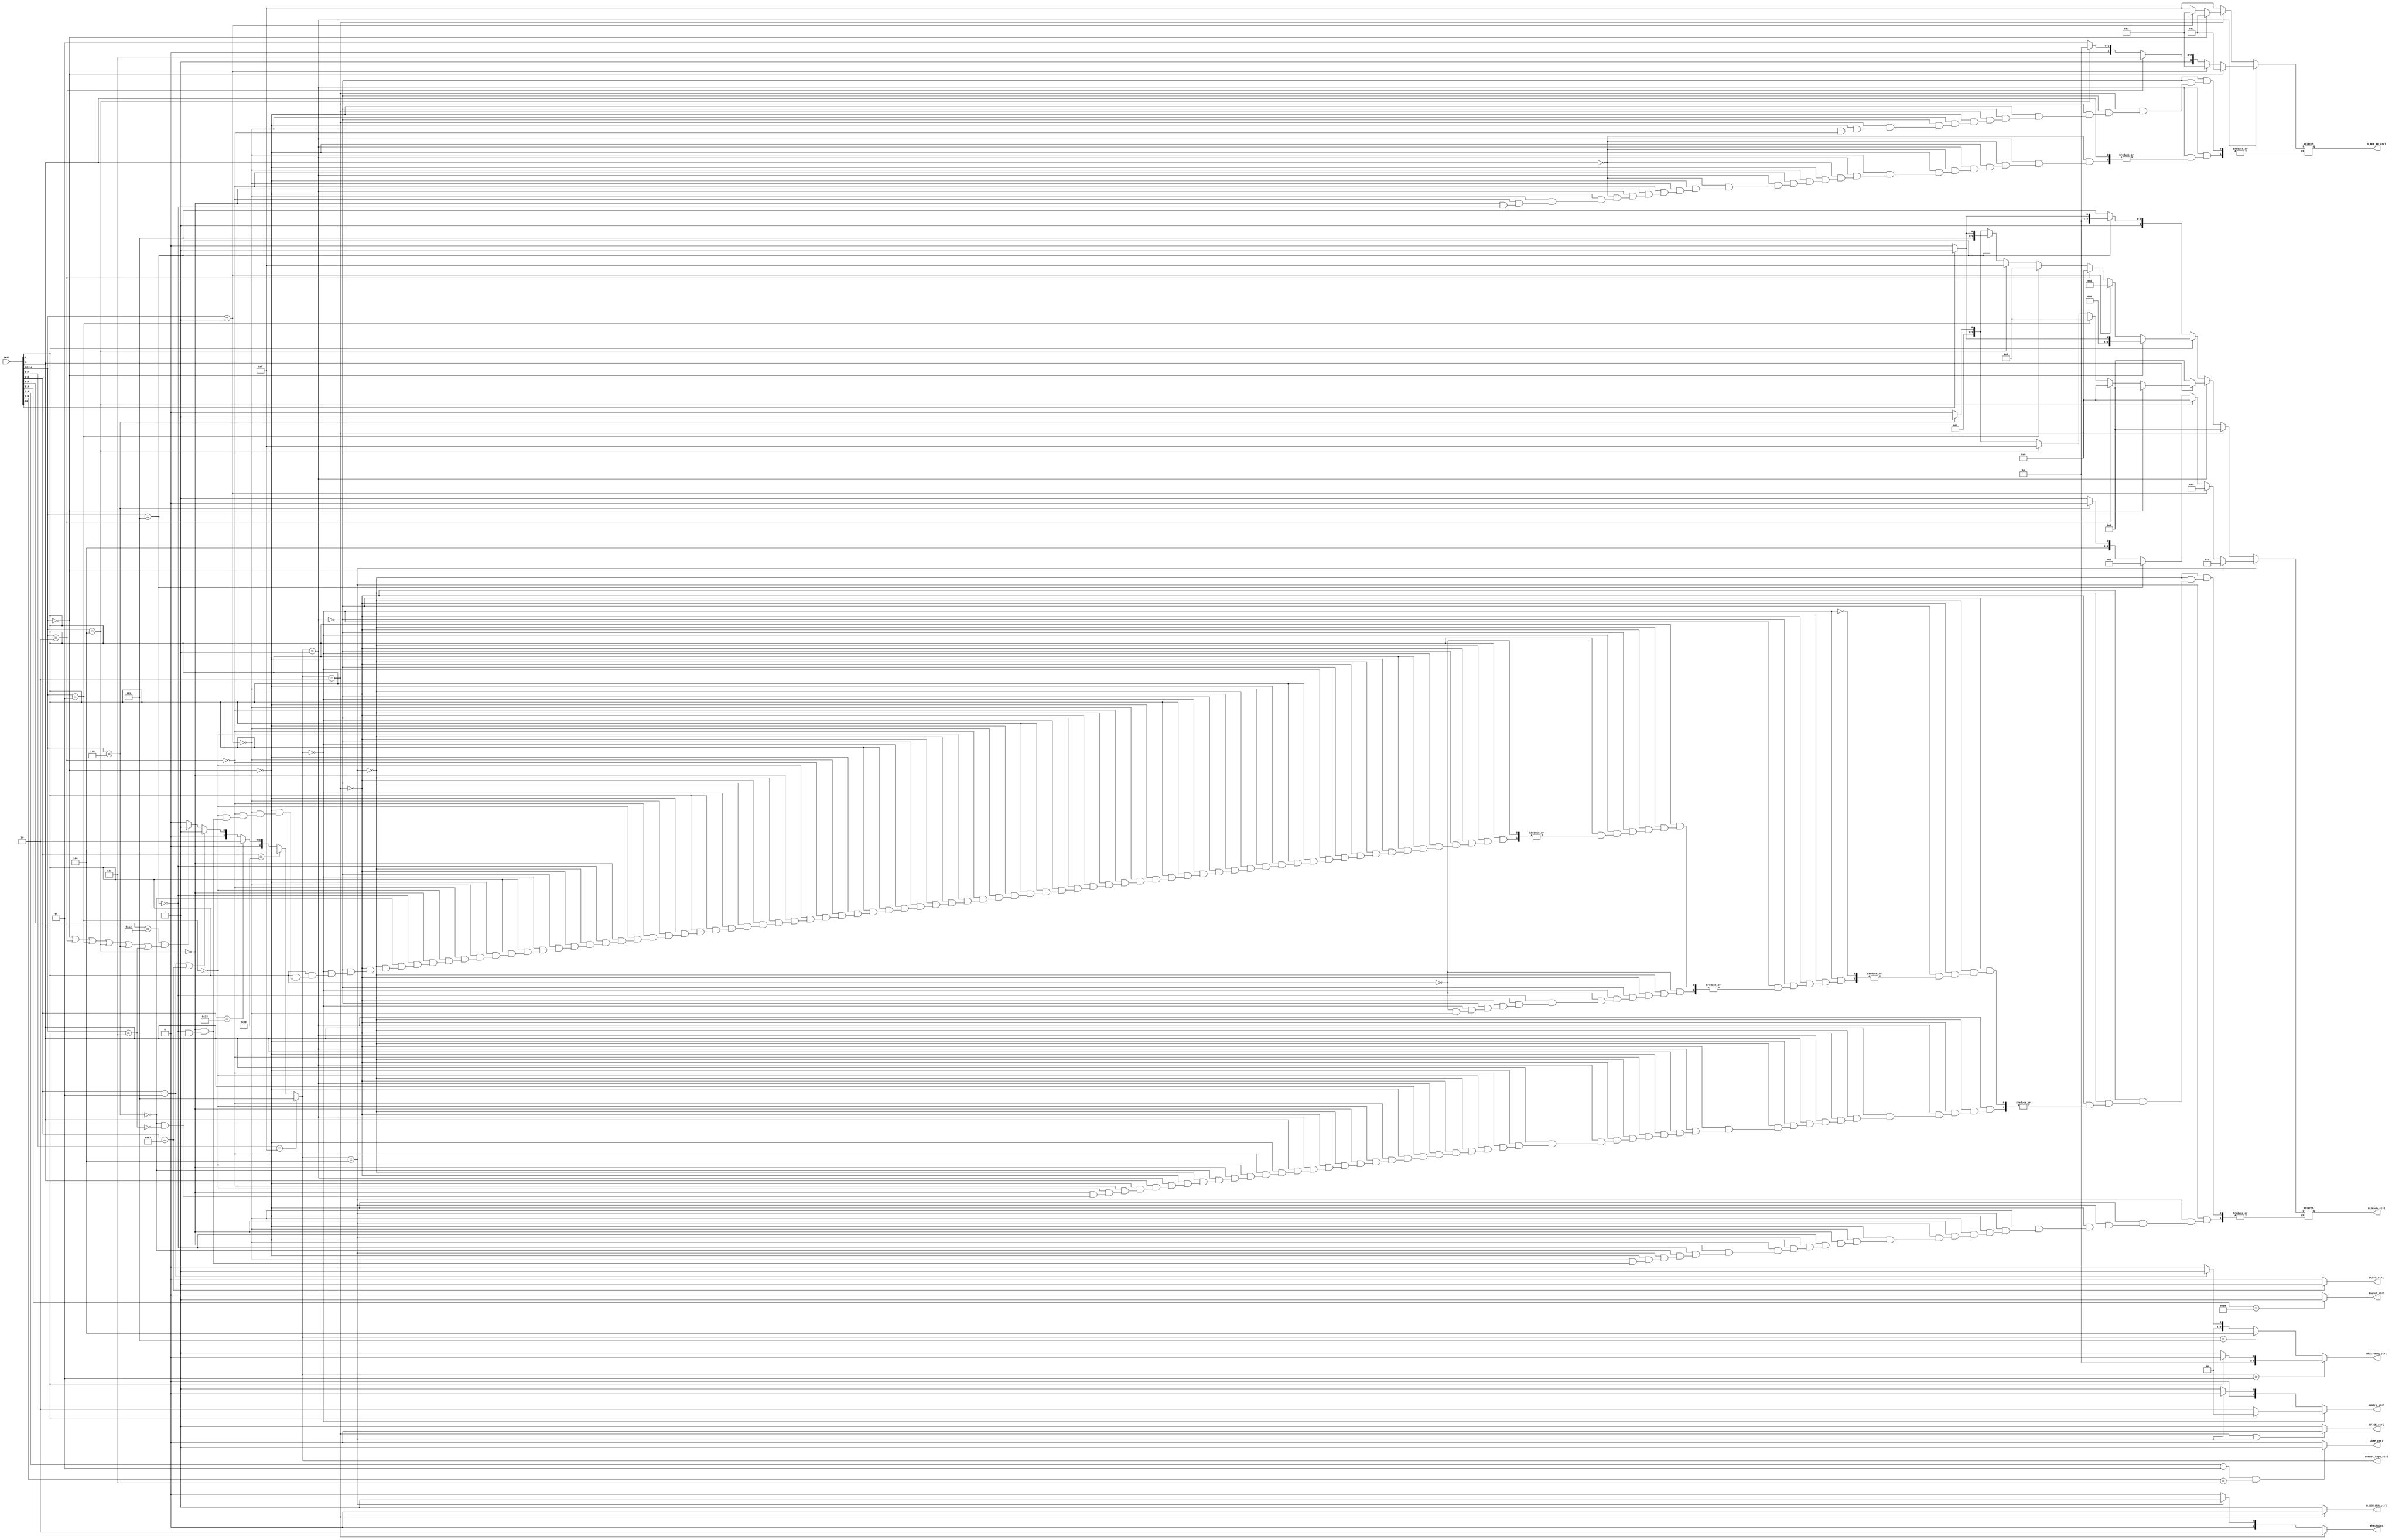
module CTRL(
    input wire [31:0] INST,

    output reg PCSrc_ctrl, // LSB. 00: normal(+4), 01: JUMP, 10: Branch
    output reg [2:0] WhatToReg_ctrl, // 0: ALU result, 1: Memory out, 2: LUI, 3: AUIPC, 4: JAL&JALR
    output reg [3:0] D_MEM_BE_ctrl,
    output reg D_MEM_WEN_ctrl,
    output reg [1:0] ALUSrc_ctrl, // 0: RF_RD2, 1:immediate, 2:shamt
    output reg RF_WE_ctrl,
    output reg [3:0] ALUCode_ctrl,
    output reg [2:0] format_type_ctrl, // 0:R, 1:I, 2:S, 3:U, 4:B, 5:J    output 
    output reg Branch_ctrl,
    output reg JUMP_ctrl,
    output reg [1:0] WhatToOut
    );

    always @(*) begin
        //format type check (refer to riscv-spec pdf p.104)
        if (INST[4:0] == 5'b10111) format_type_ctrl = 'd3; // U type
        if (INST[4:0] == 5'b01111) format_type_ctrl = 'd5; // J type
        else if (INST[6:0] == 7'b1100011) format_type_ctrl = 'd4; // B type
        else if (INST[6:0] == 7'b0100011) format_type_ctrl = 'd2; // S type
        else if ((INST[6:0] == 7'b0000011) || (INST[6:0] == 7'b1100111)) format_type_ctrl = 1; // I type
        else if ((INST[5:0] == 6'b010011) && ((INST[14:12]==3'b000) || (INST[14:12]==3'b010) || 
                                                        (INST[14:12]==3'b011) || (INST[14:12]==3'b100) || 
                                                        (INST[14:12]==3'b110) || (INST[14:12]==3'b111)))
            begin format_type_ctrl = 1; end //also I type
        else format_type_ctrl = 0; // R type
        
        //PCSrc
        if (INST[6:0] == 7'b1100111) PCSrc_ctrl = 1;
        else PCSrc_ctrl = 0;

        //WhatToReg
        if (format_type_ctrl == 'd3) begin
            if (INST[5]==1) WhatToReg_ctrl = 'd2;
            else WhatToReg_ctrl = 'd3;
        end
        else if (format_type_ctrl == 'd5) WhatToReg_ctrl = 'd4;
        else if (INST[6:0] == 7'b0000011) WhatToReg_ctrl = 1;
        else WhatToReg_ctrl = 0;

        //D_MEM_BE
        if (format_type_ctrl == 1) begin
            if (INST[4] == 0) begin
                if (INST[14:12] == 3'b000) D_MEM_BE_ctrl = 4'b0001;
                else if (INST[14:12] == 3'b001) D_MEM_BE_ctrl = 4'b0011;
                else if (INST[14:12] == 3'b010) D_MEM_BE_ctrl = 4'b1111;
                else if (INST[14:12] == 3'b100) D_MEM_BE_ctrl = 4'b1001;
                else if (INST[14:12] == 3'b101) D_MEM_BE_ctrl = 4'b1011;
            end
        end
        else if (format_type_ctrl == 'd2) begin
            if (INST[14:12] == 3'b000) D_MEM_BE_ctrl = 4'b0001;
            else if (INST[14:12] == 3'b001) D_MEM_BE_ctrl = 4'b0011;
            else if (INST[14:12] == 3'b010) D_MEM_BE_ctrl = 4'b1111;
        end
        else D_MEM_BE_ctrl = 4'b1111;

        //D_MEM_WEN
        if (format_type_ctrl == 'd2) D_MEM_WEN_ctrl = 0;
        else D_MEM_WEN_ctrl = 1;

        //ALUSrc
        if (format_type_ctrl == 0) begin
            if (INST[5] == 0) ALUSrc_ctrl = 'd2;
            else ALUSrc_ctrl = 0;
        end
        else if (format_type_ctrl == 'd4) ALUSrc_ctrl = 0;
        else ALUSrc_ctrl = 1;

        // RF_WE
        if ((format_type_ctrl == 'd2) || (format_type_ctrl == 'd4)) RF_WE_ctrl = 0;
        else RF_WE_ctrl = 1;

        // Branch
        if (INST[6:2] == 5'b11000) Branch_ctrl = 1;
        else Branch_ctrl = 0;

        // JUMP
        if((INST[6:5] == 2'b11) && (INST[2:0] == 3'b111)) JUMP_ctrl = 1;
        else JUMP_ctrl = 0;

        //ALUCode
        if (format_type_ctrl == 'd4) begin
            if (INST[14:12]==3'b000) ALUCode_ctrl = 4'b0100;
            else if (INST[14:12]==3'b001) ALUCode_ctrl = 4'b0101;
            else if (INST[14:12]==3'b100) ALUCode_ctrl = 4'b0110; 
            else if (INST[14:12]==3'b101) ALUCode_ctrl = 4'b0111; 
            else if (INST[14:12]==3'b110) ALUCode_ctrl = 4'b1000; 
            else if (INST[14:12]==3'b111) ALUCode_ctrl = 4'b1001; 
        end
        else if (format_type_ctrl == 'd2) ALUCode_ctrl = 4'b0000;
        else if (format_type_ctrl == 1) begin
            if (INST[4]==0) ALUCode_ctrl = 4'b0000;
            else if (INST[14:12]==3'b000) ALUCode_ctrl = 4'b0000;
            else if (INST[14:12]==3'b010) ALUCode_ctrl = 4'b0110;
            else if (INST[14:12]==3'b011) ALUCode_ctrl = 4'b1000;
            else if (INST[14:12]==3'b100) ALUCode_ctrl = 4'b1111;
            else if (INST[14:12]==3'b110) ALUCode_ctrl = 4'b0011;
            else if (INST[14:12]==3'b111) ALUCode_ctrl = 4'b0010;
        end
        else if (format_type_ctrl == 0) begin
            if (INST[5]==0) begin
                if (INST[14:12]==3'b001) ALUCode_ctrl = 4'b1101;
                if (INST[14:12]==3'b101) begin
                    if (INST[30]==0) ALUCode_ctrl = 4'b1010;
                    else ALUCode_ctrl = 4'b1011;
                end
            end
            else if (INST[5]==1) begin
                if (INST[14:12]==3'b000) begin
                    if (INST[30]==0) ALUCode_ctrl = 4'b0000;
                    else ALUCode_ctrl = 4'b0001;
                end
                else if (INST[14:12]==3'b001) ALUCode_ctrl = 4'b1101;
                else if (INST[14:12]==3'b010) ALUCode_ctrl = 4'b0110;
                else if (INST[14:12]==3'b011) ALUCode_ctrl = 4'b1000;
                else if (INST[14:12]==3'b100) ALUCode_ctrl = 4'b1111;
                else if (INST[14:12]==3'b101) begin
                    if (INST[30]==0) ALUCode_ctrl = 4'b1010;
                    else ALUCode_ctrl = 4'b1011;
                end
                else if (INST[14:12]==3'b110) ALUCode_ctrl = 4'b0011;
                else if (INST[14:12]==3'b111) ALUCode_ctrl = 4'b0010;
            end
        end

        //WhatToOut
        if (format_type_ctrl == 'd2) WhatToOut = 'd2;
        else if (format_type_ctrl == 'd4) WhatToOut = 1;
        else WhatToOut = 0;
    end
endmodule